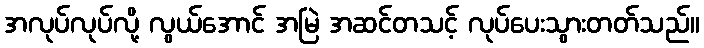
အလုပ်လုပ်လို့ လွယ်အောင် အမြဲ အဆင်တသင့် လုပ်ပေးသွားတတ်သည်။